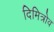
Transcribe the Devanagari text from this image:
दिमित्रोव